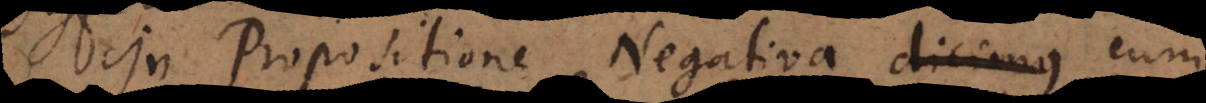
Propositione Negativa dicimus prae